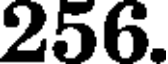
256.